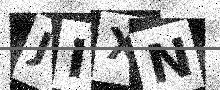
Text: JIXN